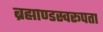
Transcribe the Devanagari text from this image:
ब्रह्माण्डस्वरूपता